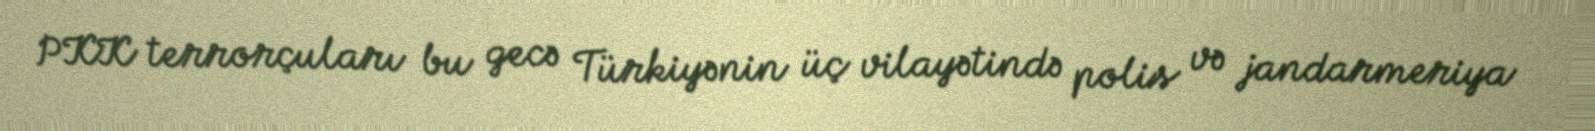
PKK terrorçuları bu gecə Türkiyənin üç vilayətində polis və jandarmeriya